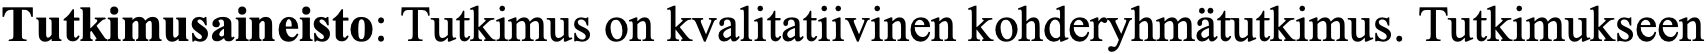
Tutkimusaineisto: Tutkimus on kvalitatiivinen kohderyhmätutkimus. Tutkimukseen